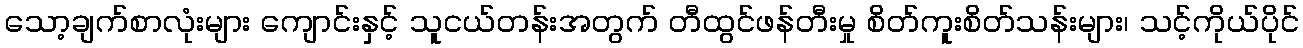
သော့ချက်စာလုံးများ ကျောင်းနှင့် သူငယ်တန်းအတွက် တီထွင်ဖန်တီးမှု စိတ်ကူးစိတ်သန်းများ၊ သင့်ကိုယ်ပိုင်